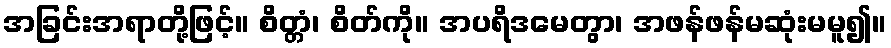
အခြင်းအရာတို့ဖြင့်။ စိတ္တံ၊ စိတ်ကို။ အပရိဒမေတွာ၊ အဖန်ဖန်မဆုံးမမူ၍။